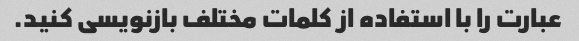
عبارت را با استفاده از کلمات مختلف بازنویسی کنید.